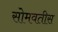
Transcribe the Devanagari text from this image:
सोमवतीस